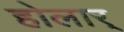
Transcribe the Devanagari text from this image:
होलार्